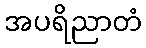
အပရိညာတံ